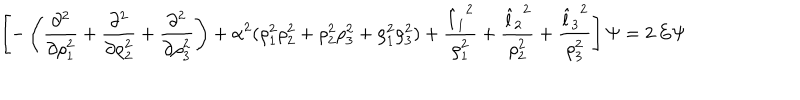
\left[ - \left( { \frac { \partial ^ { 2 } } { \partial \rho _ { 1 } ^ { 2 } } } + { \frac { \partial ^ { 2 } } { \partial \rho _ { 2 } ^ { 2 } } } + { \frac { \partial ^ { 2 } } { \partial \rho _ { 3 } ^ { 2 } } } \right) + { \alpha ^ { 2 } } ( \rho _ { 1 } ^ { 2 } \rho _ { 2 } ^ { 2 } + \rho _ { 2 } ^ { 2 } \rho _ { 3 } ^ { 2 } + \rho _ { 1 } ^ { 2 } \rho _ { 3 } ^ { 2 } ) + \frac { { \hat { l } _ { 1 } } ^ { 2 } } { \rho _ { 1 } ^ { 2 } } + \frac { { \hat { l } _ { 2 } } ^ { 2 } } { \rho _ { 2 } ^ { 2 } } + \frac { { \hat { l } _ { 3 } } ^ { 2 } } { \rho _ { 3 } ^ { 2 } } \right] \Psi = 2 \, E \Psi